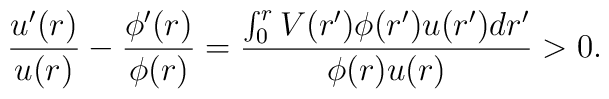
\frac{u^\prime(r)}{u(r)} - \frac{\phi^\prime(r)}{\phi(r)}= \frac{\int_0^r V(r^\prime) \phi(r^\prime)u(r^\prime) dr^\prime}{\phi(r)u(r)} > 0 .